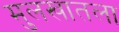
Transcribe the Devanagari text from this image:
मुलखातला